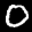
Label: 0